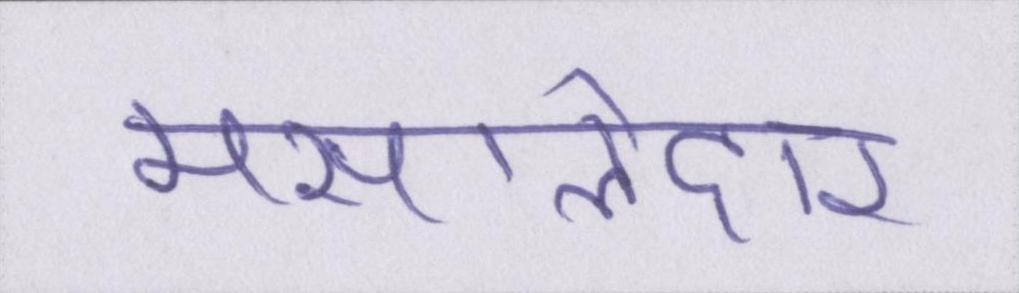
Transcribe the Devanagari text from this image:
मसालेदार